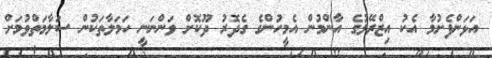
އަޅަންފެށުމާ އެކު އިޒްރޭލުގެ އާންމުން އެމީހުންގެ ގެދޮރު ދޫކޮށް ވަންނަނީ ހަމަލާތަކުން ސަލާމަތްވުމަށް